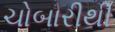
ચોબારીથી